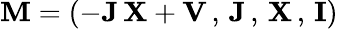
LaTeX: {\mathbf M}=(-{\mathbf J}\, {\mathbf X}+{\mathbf V}\, ,\, {\mathbf J}\, ,\, {\mathbf X}\, ,\, {\mathbf I})